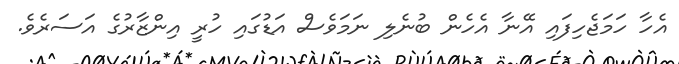
އެހާ ހަމަޖެހިފައި އޭނާ އެހެން ބުނެލި ނަމަވެސް އަޑުގައި ހުރީ އިންޒާރުގެ އަސަރެވެ.